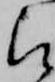
被